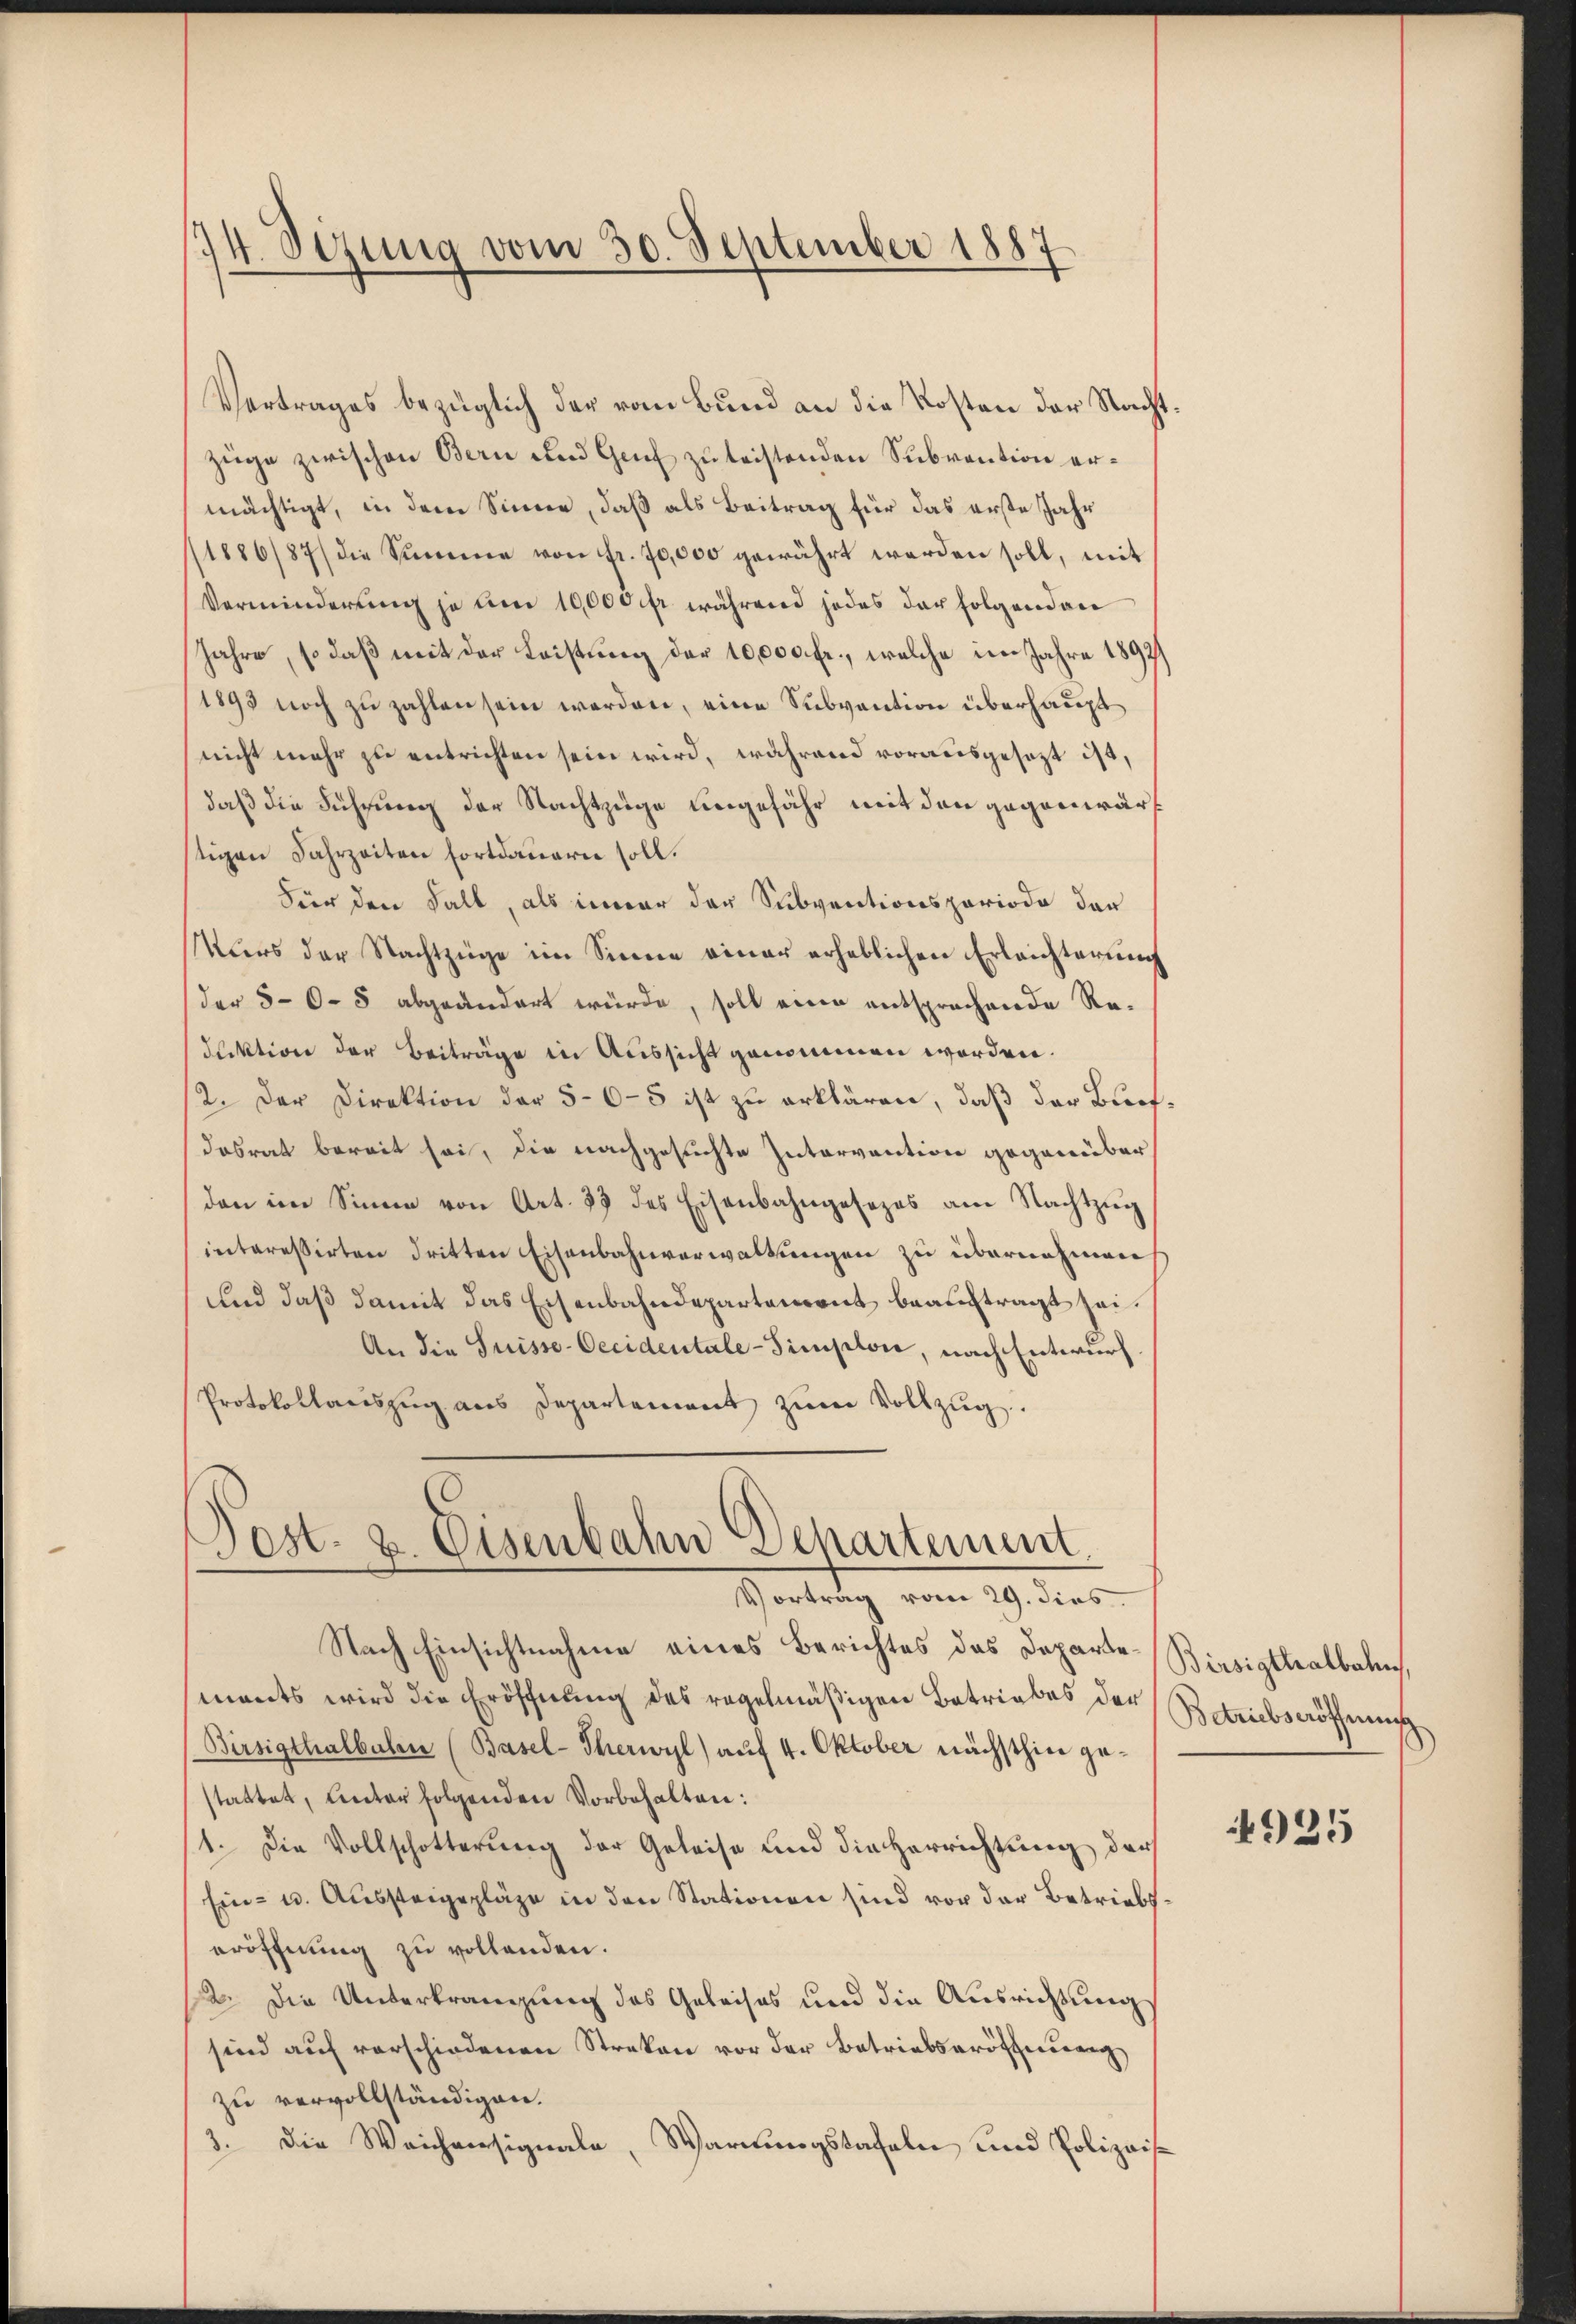
174. Sezung vom 30. September 1887

Vertrages bezüglich der vom Bund an die Kosten der Nachtzüge zwischen Bern und Genf zu leistenden Subvention ermächtigt, in dem Sinne, daß als Beitrag für das erste Jahr
11886/87/ die Summe von fr. 70,000 gewährt werden soll, mit
Verminderung je um 10,000 fr. während jedes der folgenden
Jahre, so daß mit der Leistung der 10,000 fr., welche im Jahre 1892/
1893 noch zu zahlen sein werden, eine Subvention überhaupt
nicht mehr zu entrichten sein wird, während vorausgesezt ist,
daß die Führung der Nachtzüge ungefähr mit den gegenwärstigen Jahrzeiten fortdauern soll.
Für den Fall, als immer der Subventionsperiode der
Murs der Nachtzüge im Sinne einer erheblichen Erleichterung
(der 50. 8 abgeändert würde, soll eine entsprochende Redaktion der Beiträge in Aussicht genommen worden.
2. Der Direktion der 5-6-5 ist zu erklären, daß der Buchdasrat bereit sei, die nachgesuchte Intervention gegenüber
den im Sinne von Art. 33 des Eisenbahngesezes am Nachtzŭg
interessirten dritten Eisenbahnverwaltungen zu übernehmen
und daß damit das Eisenbahndepartement beauftragt sei.
An die Suisse-Oecidentale-Simploi, nach Entwurf.
Protokollanszŭg aŭs Departement zŭm Vollzŭg

Pest. u. Eisenbahn Departement.
Vortrag vom 29. dies
Nach Einsichtnahme eines Berichtes das Departe¬

mants wird die Eröffnung des regelmäßigen Betriebes der
Birsigthalbulen (Basel-Therwyl) auf 4. Oktober nächsthier gestattet, unter folgenden Vorbehalten:
1. Die Vollschotterung der Geleise und die Herrichtung der
Ein- u. Aussteigepläge in den Stationen sind vor der Betriebseröffnung zu vollenden.
12. Die Unterbrängung des Geleises und die Ausrichtung
sind aŭf vorschiedenen Streken vor der Betriebseröffnung
zu vervollständigen.
3. Die Weichensignale, Warnungstafeln und Polizeis

Birsigthalbahn,
Betriebseröffnung

4925